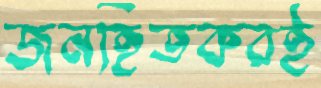
জনহিতকরই